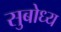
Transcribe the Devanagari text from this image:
सुबोध्य